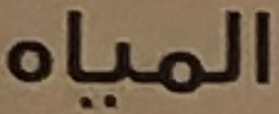
المياه